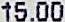
15.00